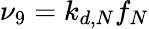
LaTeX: \nu_{9}=k_{d,N}f_{N}